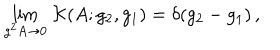
LaTeX: \lim _ { g ^ { 2 } A \to 0 } \, \mathcal { K } ( A ; g _ { 2 } , g _ { 1 } ) = \delta ( g _ { 2 } - g _ { 1 } ) \, ,